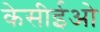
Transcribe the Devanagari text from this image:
केसीईओ